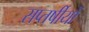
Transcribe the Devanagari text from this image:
सप्तर्षीयों